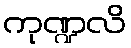
ကုဏ္ဍလိ